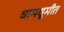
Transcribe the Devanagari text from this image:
धामधूमीत